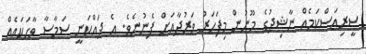
ސީރިއަސްކަމެއް ނާޝިދުގެ މޫނުން މިފަހަރު ވަރުދާއަށް ފެނުނެވެ. އެ ދައްކަނީ ސަމާސާ ވާހަކައެއް